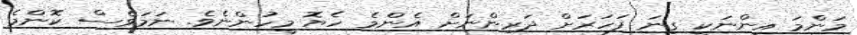
މަންމަ އިންނަކީ ގިނަ ފަހަރަށް ދަރިންނަށް އެންމެ ހެޔޮ މީހުންނެވެ. ނަމަވެސް ކޮންމެ